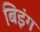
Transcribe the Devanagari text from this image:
बिइंग